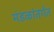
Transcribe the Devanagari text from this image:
मंडळांतर्गत